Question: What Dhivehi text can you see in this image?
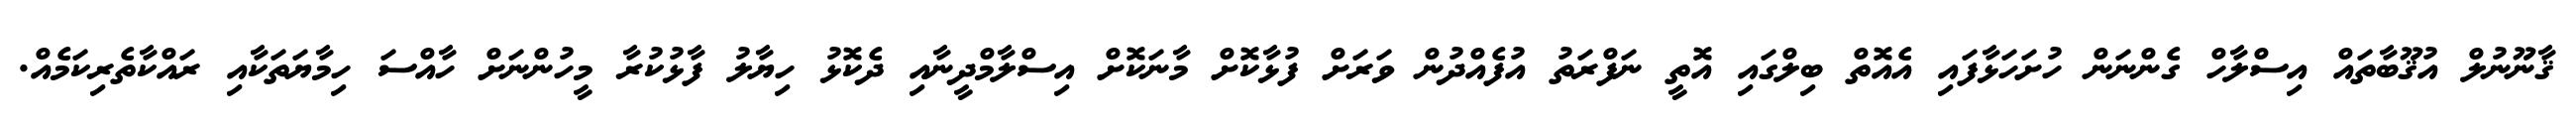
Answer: ޤާނޫނުލް އުޤޫބާތައް އިސްލާހް ގެންނަން ހުށަހަޅާފައި އެއޮތް ބިލްގައި އޮތީ ނަފްރަތު އުފެއްދުން ވަރަށް ފުޅާކޮށް މާނަކޮށް އިސްލާމްދީނާއި ދެކޮޅު ހިޔާލު ފާޅުކުރާ މީހުންނަށް ހާއްސަ ހިމާޔަތަކާއި ރައްކާތެރިކަމެއް.